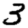
Digit: 3